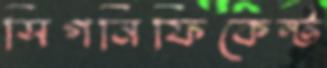
সিগনিফিকেন্ট